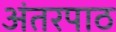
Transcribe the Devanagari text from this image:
अंतरपाठ